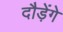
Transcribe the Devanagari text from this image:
दौड़ेंगे